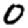
Digit: 0